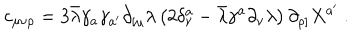
LaTeX: c _ { \mu \nu \rho } = 3 \bar { \lambda } \gamma _ { a } \gamma _ { a ^ { \prime } } \partial _ { [ \mu } \lambda \left( 2 \delta _ { \nu } ^ { a } - \bar { \lambda } \gamma ^ { a } \partial _ { \nu } \lambda \right) \partial _ { \rho ] } X ^ { a ^ { \prime } } \ .